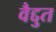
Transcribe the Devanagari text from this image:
वैद्दुत